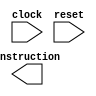
module physical_tester(
    input clock,
    input reset,
    output [15:0] instruction
    );

//Test case was lost and will need to be re-written but we know that it is functioning due to test that were 
//written FPGA_REG_ALU_Display

endmodule